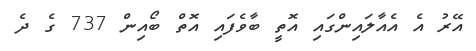
އޭރު އެ އެއާލައިންގައި އޮތީ ބާވެފައި އޮތް ބޯއިން 737 ގެ ދެ